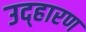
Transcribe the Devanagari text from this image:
उद्हारण